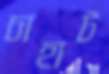
চাহাট